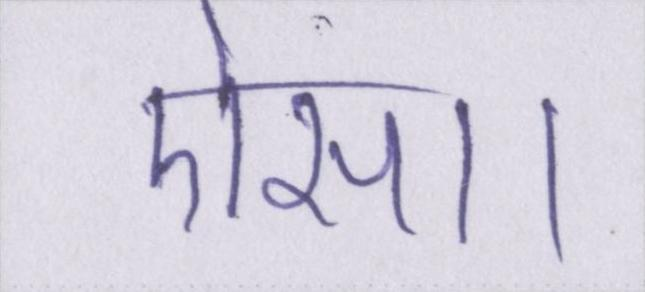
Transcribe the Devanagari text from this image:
ऐसा।